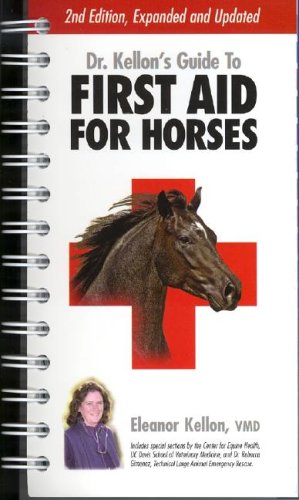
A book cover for Dr. Kellon's Guide to First Aid for Horses; Eleanor Kellon; Crafts, Hobbies & Home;